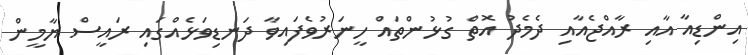
އިންޑިއާ އާއި ރާއްޖެއާއި ދެމެދު އޮތް ގުޅުންތައް ހީނަރުވެފައިވާ ދަނޑިވަޅެއްގައި ރައީސް ޔާމީން